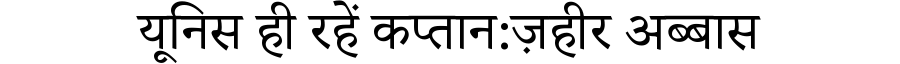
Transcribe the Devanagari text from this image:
यूनिस ही रहें कप्तान:ज़हीर अब्बास